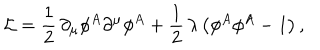
{ \cal L } = \frac { 1 } { 2 } \, \partial _ { \mu } \phi ^ { A } \partial ^ { \mu } \phi ^ { A } + \frac { 1 } { 2 } \, \lambda \, \bigl ( \phi ^ { A } \phi ^ { A } - 1 \bigr ) \, ,